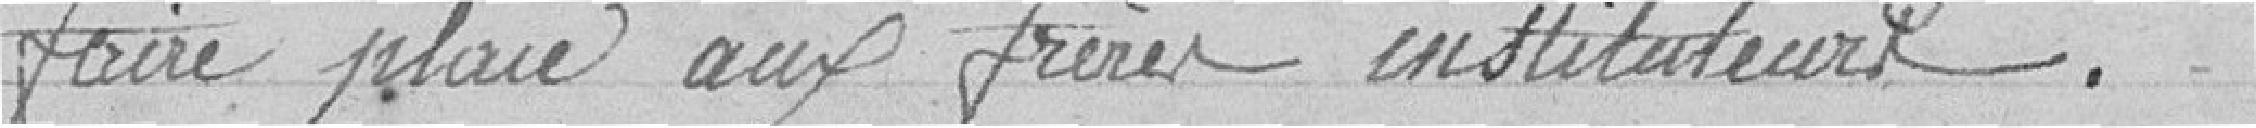
faire place aux frères instituteur.